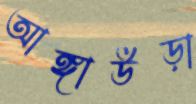
আঙ্গাউড়া